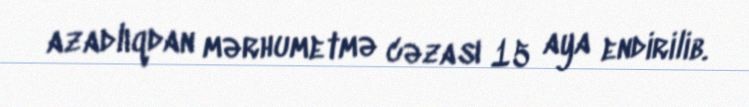
azadlıqdan mərhumetmə cəzası 15 aya endirilib.